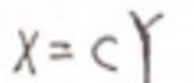
$x = c y$